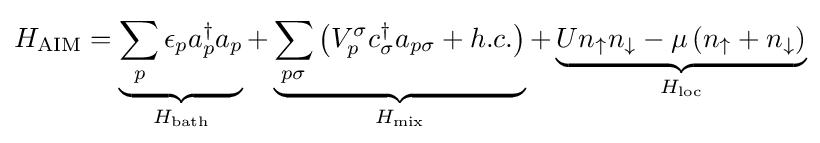
H_{\text{AIM}}=\underbrace {\sum _{p}\epsilon _{p}a_{p}^{\dagger }a_{p}} _{H_{\text{bath}}}+\underbrace {\sum _{p\sigma }\left(V_{p}^{\sigma }c_{\sigma }^{\dagger }a_{p\sigma }+h.c.\right)} _{H_{\text{mix}}}+\underbrace {Un_{\uparrow }n_{\downarrow }-\mu \left(n_{\uparrow }+n_{\downarrow }\right)} _{H_{\text{loc}}}